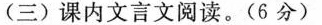
(三)课内文言文阅读。(6分)